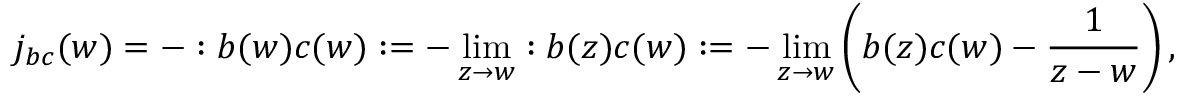
j _ { b c } ( w ) = - : b ( w ) c ( w ) : = - \operatorname * { l i m } _ { z \to w } : b ( z ) c ( w ) : = - \operatorname * { l i m } _ { z \to w } \left( b ( z ) c ( w ) - \frac { 1 } { z - w } \right) ,